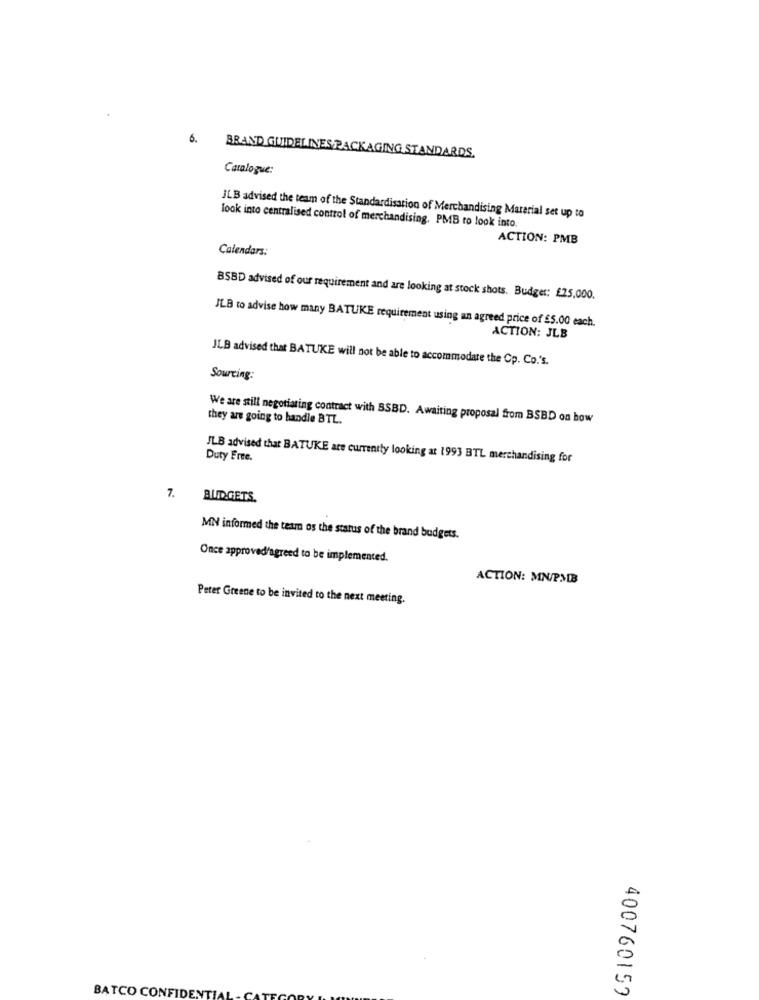
6.
BRAND GUIDELINES PACKAGING STANDARDS.
Catalogue:
ILB advised the team of the Standardisation of Merchandising Material set up to
look into centralised control of merchandising. PMB ro look into
ACTION: PMB
Calendars:
BSBD advised of our requirement and are looking at stock shots. Budger: £25,000.
JLB to advise how many BATUKE requirement using an agreed price of $5.00 each.
ACTION: JLB
JLB advised that BATUKE will not be able to accommodate the Cp. Co.'s.
Sourcing:
they are going to handle BTL.
We are still negotiating contract with BSBD. Awaiting proposal from BSBD on how
ILB advised that BATUKE are currently looking at 1993 BTL merchandising for
Duty Free.
7.
BUDGETS.
MN informed the team os the status of the brand budgets.
Once approved/agreed to be implemented.
ACTION: MN/PMIB
Peter Greene to be invited to the next meeting.
400760159
BATCO CONFIDENT